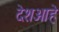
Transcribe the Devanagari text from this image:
देशआहे